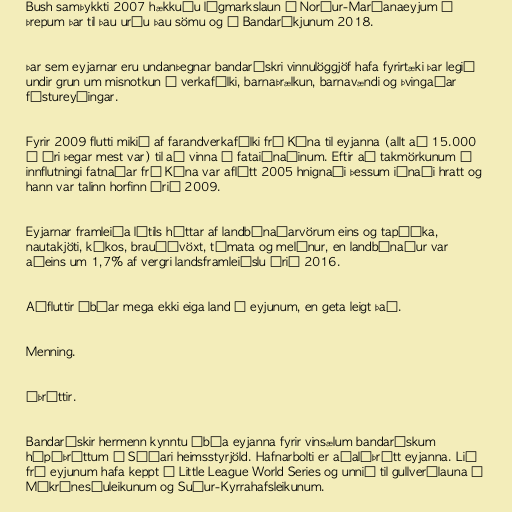
Bush samþykkti 2007 hækkuðu lágmarkslaun á Norður-Maríanaeyjum í
þrepum þar til þau urðu þau sömu og í Bandaríkjunum 2018.

Þar sem eyjarnar eru undanþegnar bandarískri vinnulöggjöf hafa fyrirtæki þar legið
undir grun um misnotkun á verkafólki, barnaþrælkun, barnavændi og þvingaðar
fóstureyðingar.

Fyrir 2009 flutti mikið af farandverkafólki frá Kína til eyjanna (allt að 15.000
á ári þegar mest var) til að vinna í fataiðnaðinum. Eftir að takmörkunum á
innflutningi fatnaðar frá Kína var aflétt 2005 hnignaði þessum iðnaði hratt og
hann var talinn horfinn árið 2009.

Eyjarnar framleiða lítils háttar af landbúnaðarvörum eins og tapíóka,
nautakjöti, kókos, brauðávöxt, tómata og melónur, en landbúnaður var
aðeins um 1,7% af vergri landsframleiðslu árið 2016.

Aðfluttir íbúar mega ekki eiga land á eyjunum, en geta leigt það.

Menning.

Íþróttir.

Bandarískir hermenn kynntu íbúa eyjanna fyrir vinsælum bandarískum
hópíþróttum í Síðari heimsstyrjöld. Hafnarbolti er aðalíþrótt eyjanna. Lið
frá eyjunum hafa keppt í Little League World Series og unnið til gullverðlauna á
Míkrónesíuleikunum og Suður-Kyrrahafsleikunum.